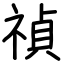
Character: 禎